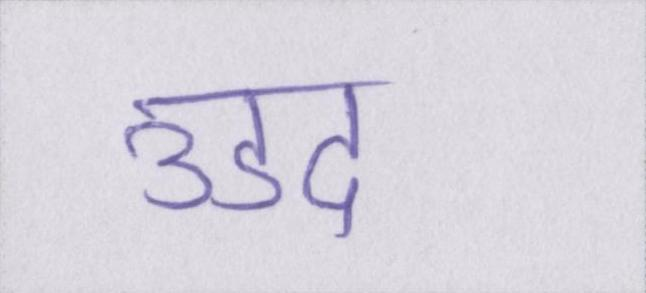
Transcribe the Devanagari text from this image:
उडद